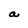
Character: a